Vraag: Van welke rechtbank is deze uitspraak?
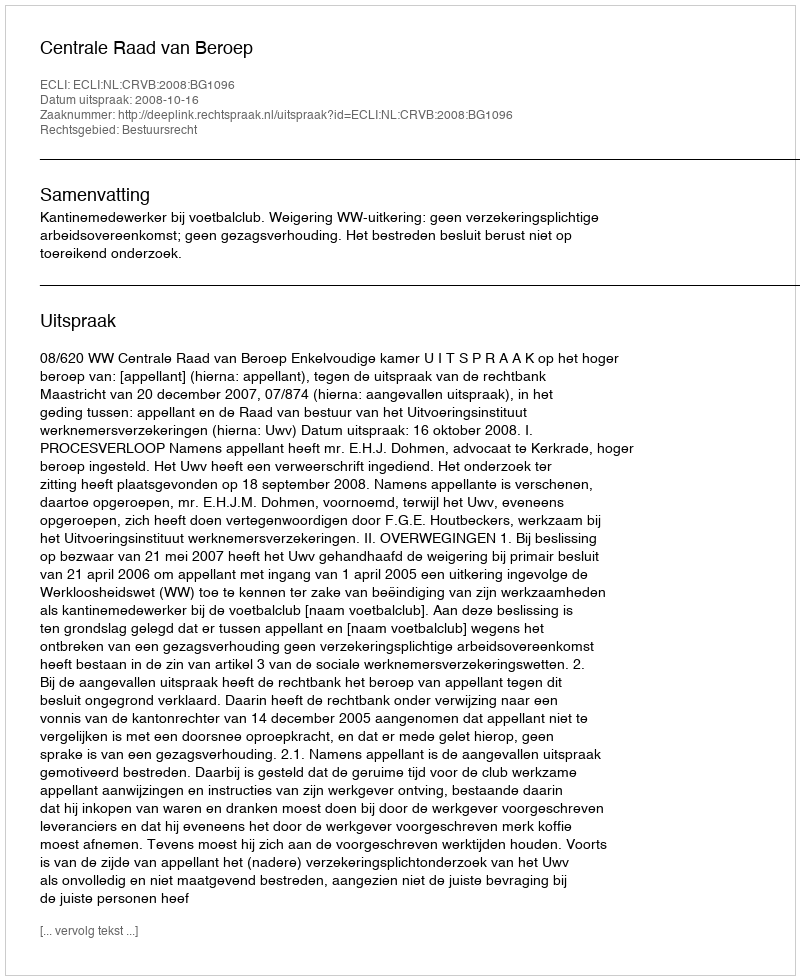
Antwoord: Centrale Raad van Beroep